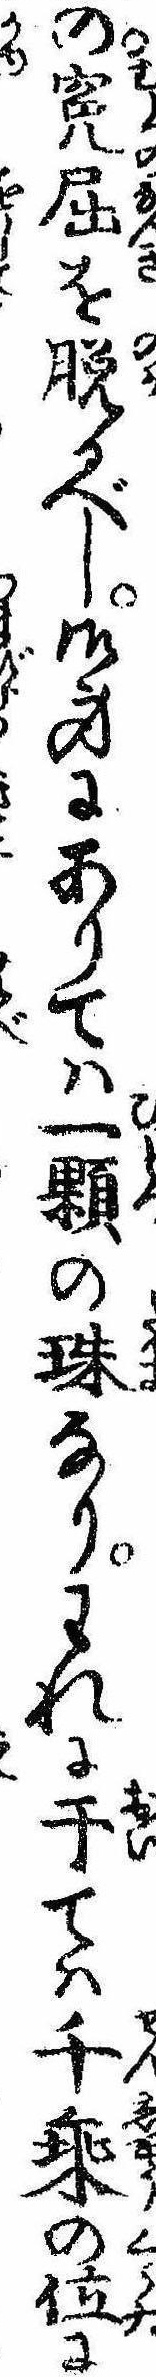
の冤屈を脱るべし御身にありては一顆の珠なりわれに于ては千乗の位に